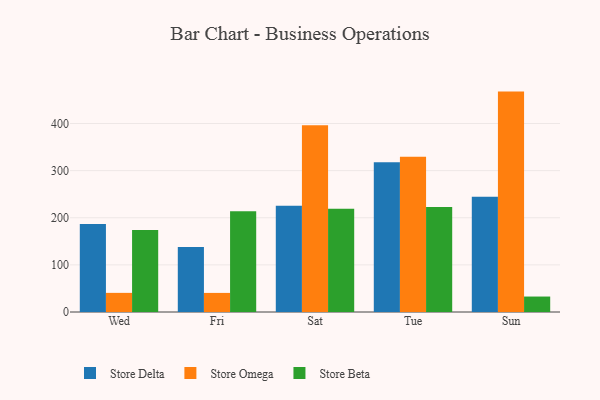
{"axis": {"x": "Day", "y": "Revenue (USD Million)"}, "legend": ["Store Beta", "Store Delta", "Store Omega"], "data": [{"x": "Wed", "y": 186.6, "type": "Store Delta"}, {"x": "Wed", "y": 40.6, "type": "Store Omega"}, {"x": "Wed", "y": 174.1, "type": "Store Beta"}, {"x": "Fri", "y": 137.8, "type": "Store Delta"}, {"x": "Fri", "y": 40.5, "type": "Store Omega"}, {"x": "Fri", "y": 213.9, "type": "Store Beta"}, {"x": "Sat", "y": 225.3, "type": "Store Delta"}, {"x": "Sat", "y": 396.1, "type": "Store Omega"}, {"x": "Sat", "y": 219.0, "type": "Store Beta"}, {"x": "Tue", "y": 317.7, "type": "Store Delta"}, {"x": "Tue", "y": 329.2, "type": "Store Omega"}, {"x": "Tue", "y": 223.0, "type": "Store Beta"}, {"x": "Sun", "y": 244.8, "type": "Store Delta"}, {"x": "Sun", "y": 467.7, "type": "Store Omega"}, {"x": "Sun", "y": 32.8, "type": "Store Beta"}]}